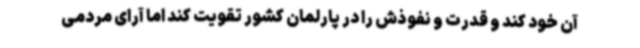
آن خود کند و قدرت و نفوذش را در پارلمان کشور تقویت کند اما آرای مردمی